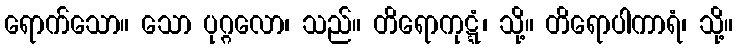
ရောက်သော။ သော ပုဂ္ဂလော၊ သည်။ တိရောကုဋ္ဋံ၊ သို့။ တိရောပါကာရံ၊ သို့။